Indian journal of veterinary science and animal husbandry - Volumes 24-25, 1954-1955
Year: 1954
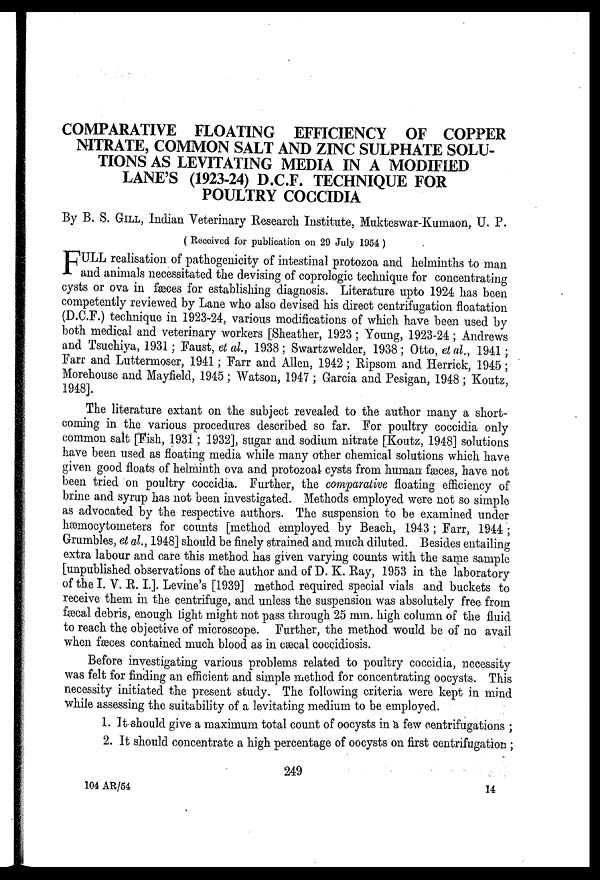
COMPARATIVE FLOATING EFFICIENCY OF COPPER
NITRATE, COMMON SALT AND ZINC SULPHATE SOLU-
TIONS AS LEVITATING MEDIA IN A MODIFIED
LANE'S (1923-24) D.C.F. TECHNIQUE FOR
POULTRY COCCIDIA
By B. S. GILL, Indian Veterinary Research Institute, Mukteswar-Kumaon, U. P.
( Received for publication on 29 July 1954 )
F ULL realisation of pathogenicity of intestinal protozoa and helminths to man
and animals necessitated the devising of coprologic technique for concentrating
cysts or ova in fæces for establishing diagnosis. Literature upto 1924- has been
competently reviewed by Lane who also devised his direct centrifugation floatation
(D.C.F.) technique in 1923-24, various modifications of which have been used by
both medical and veterinary workers [Sheather, 1923 ; Young, 1923-24 ; Andrews
and Tsuchiya, 1931 ; Faust, et al., 1938 ; Swartzwelder, 1938 ; Otto, et al., 1941 ;
Farr and Luttermoser, 1941 ; Farr and Allen, 1942 ; Ripsom and Herrick, 1945 ;
Morehouse and Mayfield, 1945 ; Watson, 1947 ; Garcia and Pesigan, 1948 ; Koutz,
1948].
The literature extant on the subject revealed to the author many a short-
coming in the various procedures described so far. For poultry coccidia only
common salt [Fish, 1931 ; 1932], sugar and sodium nitrate [Koutz, 1948] solutions
have been used as floating media while many other chemical solutions which have
given good floats of helminth ova and protozoal cysts from human fæces, have not
been tried on poultry coccidia. Further, the comparative floating efficiency of
brine and syrup has not been investigated. Methods employed were not so simple
as advocated by the respective authors. The suspension to be examined under
hæmocytometers for counts [method employed by Beach, 1943 ; Farr, 1944 ;
Grumbles, et al., 1948] should be finely strained and much diluted. Besides entailing
extra labour and care this method has given varying counts with the same sample
[unpublished observations of the author and of D. K. Ray, 1953 in the laboratory
of the I. V. R. I.]. Levine's [1939] method required special vials and buckets to
receive them in the centrifuge, and unless the suspension was absolutely free from
fæcal debris, enough light might not pass through 25 mm. high column of the fluid
to reach the objective of microscope. Further, the method would be of no avail
when fæces contained much blood as in cæcal coccidiosis.
Before investigating various problems related to poultry coccidia, necessity
was felt for finding an efficient and simple method for concentrating oocysts. This
necessity initiated the present study. The following criteria were kept in mind
while assessing the suitability of a levitating medium to be employed.
1. It should give a maximum total count of oocysts in a few centrifugations ;
2. It should concentrate a high percentage of oocysts on first centrifugation ;
249
104 AR/54
14